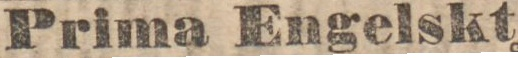
Prima Engelskt